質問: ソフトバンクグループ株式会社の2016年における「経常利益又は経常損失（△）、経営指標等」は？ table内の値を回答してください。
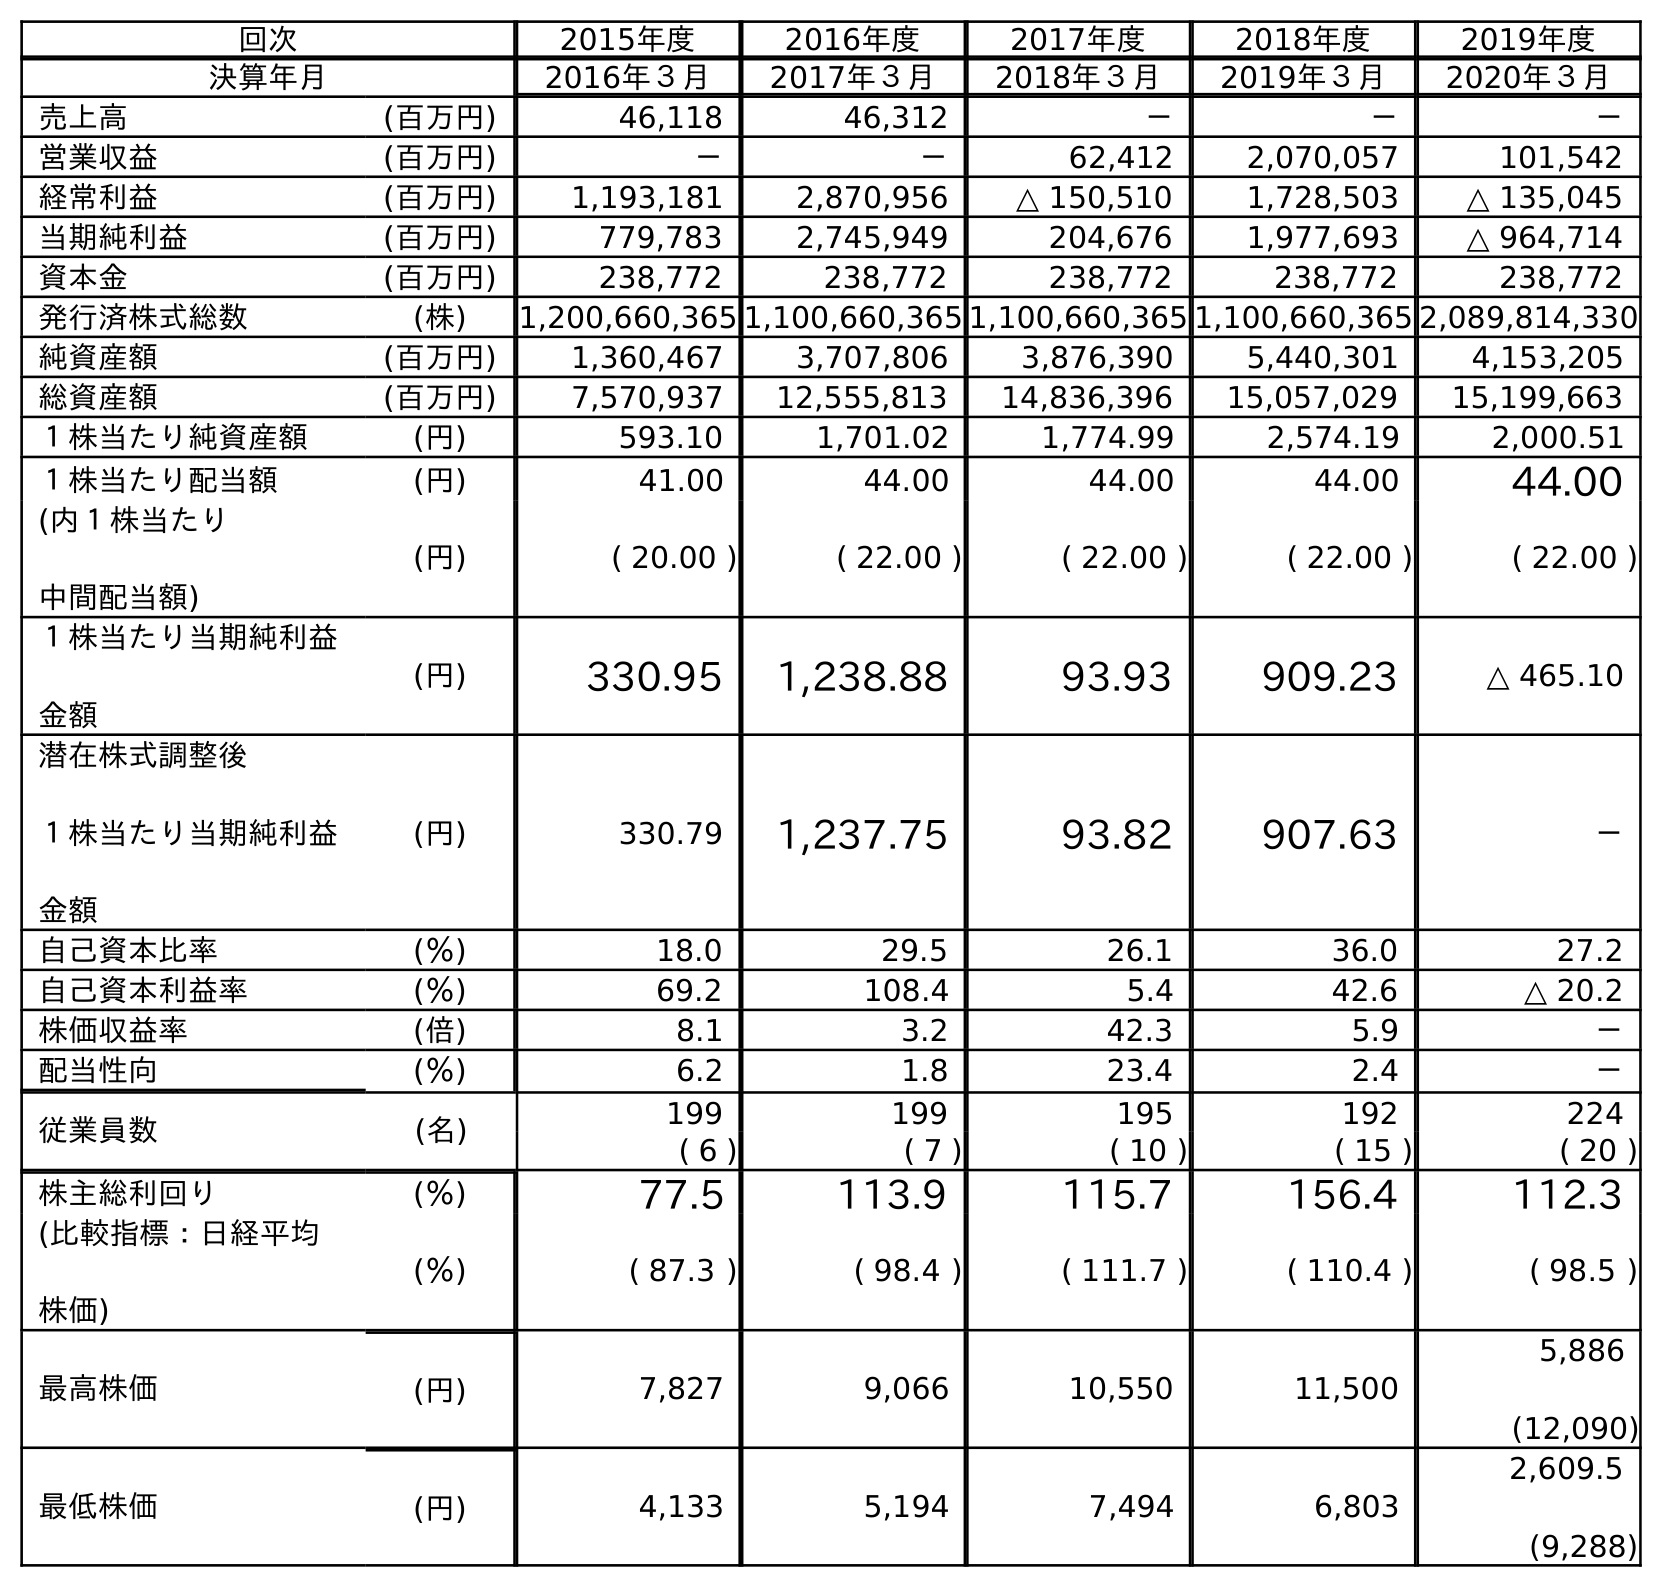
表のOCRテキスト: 回次 2015年度 2016年度 2017年度 2018年度 2019年度 決算年月 2016年３月 2017年３月 2018年３月 2019年３月 2020年３月 売上高 (百万円) 46,118 46,312 － － － 営業収益 (百万円) － － 62,412 2,070,057 101,542 経常利益 (百万円) 1,193,181 2,870,956 △ 150,510 1,728,503 △ 135,045 当期純利益 (百万円) 779,783 2,745,949 204,676 1,977,693 △ 964,714 資本金 (百万円) 238,772 238,772 238,772 238,772 238,772 発行済株式総数 (株) 1,200,660,365 1,100,660,365 1,100,660,365 1,100,660,365 2,089,814,330 純資産額 (百万円) 1,360,467 3,707,806 3,876,390 5,440,301 4,153,205 総資産額 (百万円) 7,570,937 12,555,813 14,836,396 15,057,029 15,199,663 １株当たり純資産額 (円) 593.10 1,701.02 1,774.99 2,574.19 2,000.51 １株当たり配当額 (円) 41.00 44.00 44.00 44.00 44.00 (内１株当たり 中間配当額) (円) ( 20.00 ) ( 22.00 ) ( 22.00 ) ( 22.00 ) ( 22.00 ) １株当たり当期純利益 金額 (円) 330.95 1,238.88 93.93 909.23 △ 465.10 潜在株式調整後 １株当たり当期純利益 金額 (円) 330.79 1,237.75 93.82 907.63 － 自己資本比率 (％) 18.0 29.5 26.1 36.0 27.2 自己資本利益率 (％) 69.2 108.4 5.4 42.6 △ 20.2 株価収益率 (倍) 8.1 3.2 42.3 5.9 － 配当性向 (％) 6.2 1.8 23.4 2.4 － 従業員数 (名) 199 199 195 192 224 ( 6 ) ( 7 ) ( 10 ) ( 15 ) ( 20 ) 株主総利回り (％) 77.5 113.9 115.7 156.4 112.3 (比較指標：日経平均 株価) (％) ( 87.3 ) ( 98.4 ) ( 111.7 ) ( 110.4 ) ( 98.5 ) 最高株価 (円) 7,827 9,066 10,550 11,500 5,886 (12,090) 最低株価 (円) 4,133 5,194 7,494 6,803 2,609.5 (9,288)
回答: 1,193,181